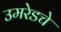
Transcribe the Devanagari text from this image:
उमरेडचे